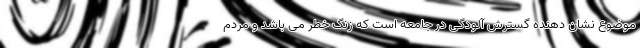
موضوع نشان دهنده گسترش آلودگی در جامعه است که زنگ خطر می باشد و مردم